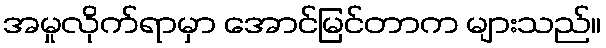
အမှုလိုက်ရာမှာ အောင်မြင်တာက များသည်။